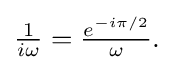
{\textstyle {\frac {1}{i\omega }}={\frac {e^{-i\pi /2}}{\omega }}.}